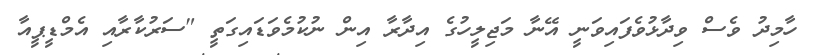
ހާމިދު ވެސް ވިދާޅުވެފައިވަނީ އޭނާ މަޖިލީހުގެ އިދާރާ އިން ނުކުމެވަޑައިގަތީ "ސަރުކާރާއި އެމްޑީޕީއާ